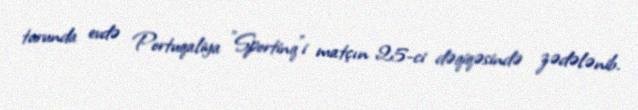
turunda evdə Portuqaliya "Sportinq"i matçın 25-ci dəqiqəsində zədələnib.